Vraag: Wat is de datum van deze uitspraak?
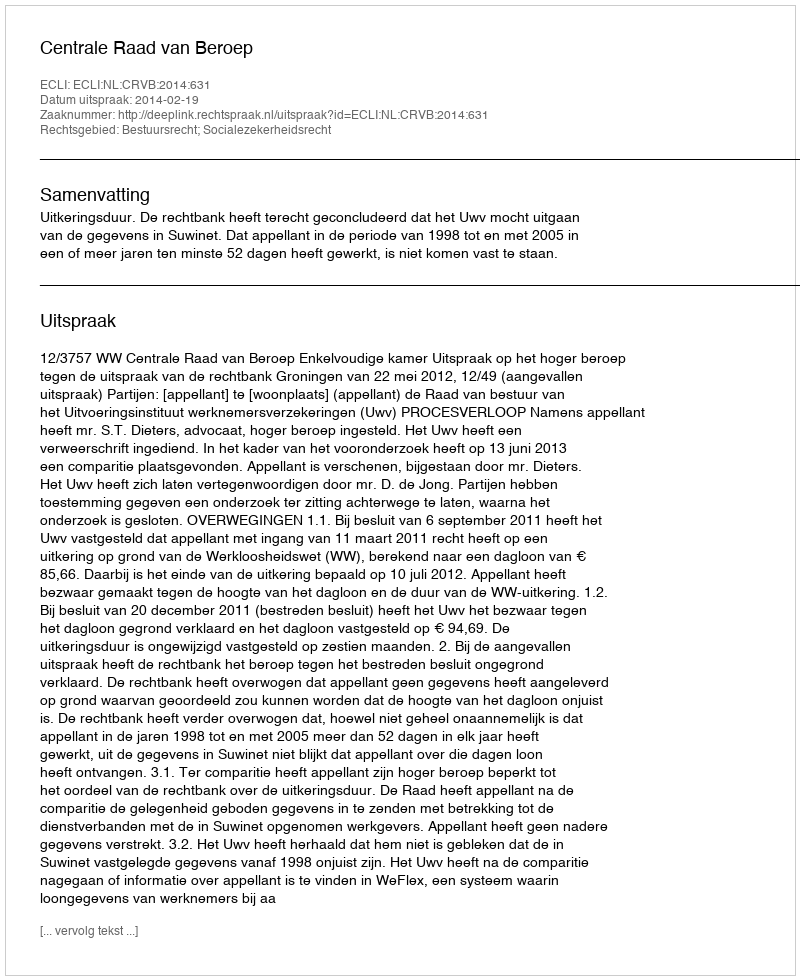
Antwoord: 2014-02-19